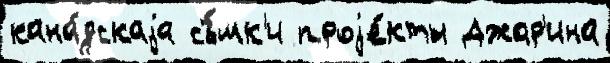
кана́дскаjа съ́мк'и проjе́кты Джар'ина